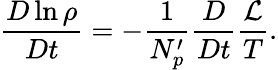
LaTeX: \frac{D\ln\rho}{Dt}=-\frac{1}{N_{p}^{\prime}}\frac{D}{Dt}\frac{\mathcal{L}}{T}.